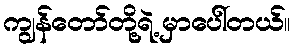
ကျွန်တော်တို့ရဲ့ မှာပေါ်တယ်။